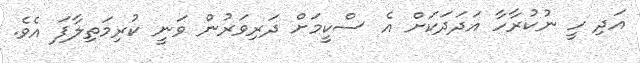
އަދި ހީ ނުކުރާހާ އަދަދަކަށް އެ ސްކީމަށް ދަރިވަރުން ވަނީ ކުރިމަތިލާފަ އެވެ.